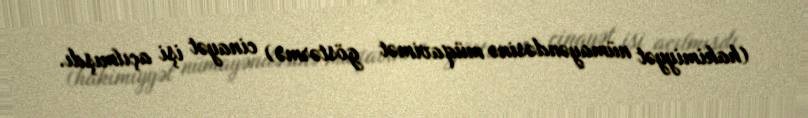
(hakimiyyət nümayəndəsinə müqavimət göstərmə) cinayət işi açılmışdı.